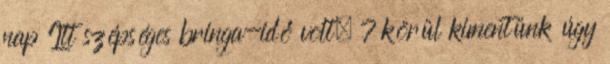
nap Itt szépséges bringa-idő volt, 7 körül kimentünk úgy